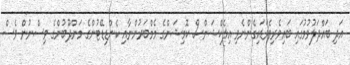
އަދި ބައްދަލުވުމުގައި ބައިވެރިވެވަޑައިގެންނެވި އިލެކްޝަންސް ކޮމިޝަންގެ މެމްބަރުންނާއި ކެންޑިޑޭޓުންގެ މަންދޫބުންގެ ވިސްނުން ވެސް